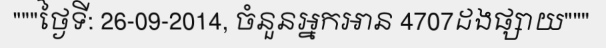
"""ថ្ងៃទី: 26-09-2014, ចំនួនអ្នកអាន 4707ដងផ្សាយ"""